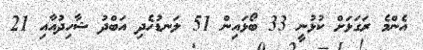
އެންމެ ރަގަޅަށް ކުޅުނީ 33 ބޯޅައިން 51 ލަނޑުހެދި އަބްދު ޝާހިދުއާއި 21